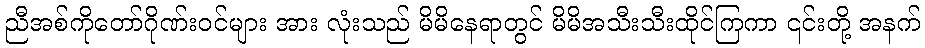
ညီအစ်ကိုတော်ဂိုဏ်းဝင်များ အား လုံးသည် မိမိနေရာတွင် မိမိအသီးသီးထိုင်ကြကာ ၎င်းတို့ အနက်